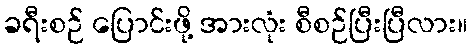
ခရီးစဉ် ပြောင်းဖို့ အားလုံး စီစဉ်ပြီးပြီလား။